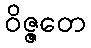
ဝိဇ္ဇတေ